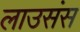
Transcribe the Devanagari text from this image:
लाउसंस